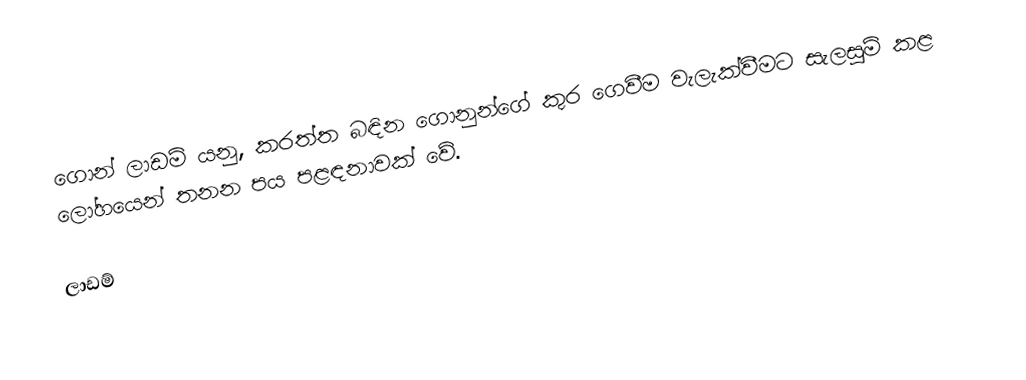
ගොන් ලාඩම් යනු, කරත්ත බඳින ගොනුන්ගේ කුර ගෙවීම වැලැක්වීමට සැලසුම් කළ ලෝහයෙන් තනන පය පළඳනාවක් වේ.

ලාඩම්